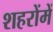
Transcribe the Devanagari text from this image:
शहरोंमें